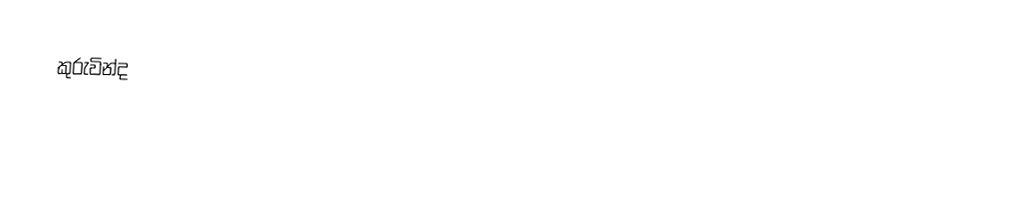
කුරුවින්ද